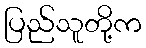
ပြည်သူတို့က